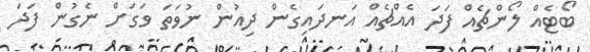
ބޯޓެއް ލޯންޗެއް ފަދަ އެއްޗެއް އަނދައިގެން ދިއުން ނުވަތަ ވަގަށް ނެގުން ފަދަ